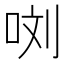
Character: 𭇯